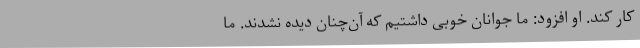
کار کند. او افزود: ما جوانان خوبی داشتیم که آن‌چنان دیده نشدند. ما